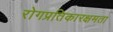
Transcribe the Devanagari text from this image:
रोगप्रतिकारक्षमता